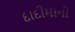
દાદીમાનો